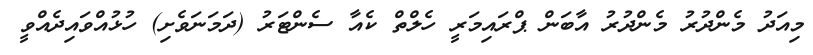
މިއަދު މެންދުރު މެންދުރު އާބަން ޕްރައިމަރީ ހެލްތް ކެއާ ސެންޓަރު (ދަމަނަވެށި) ހުޅުއްވައިދެއްވީ